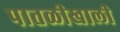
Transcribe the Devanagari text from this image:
पातळीखाली